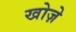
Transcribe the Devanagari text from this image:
खोज़े